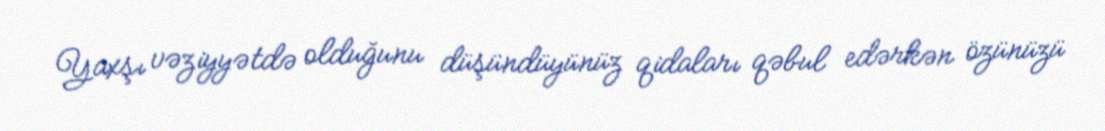
Yaxşı vəziyyətdə olduğunu düşündüyünüz qidaları qəbul edərkən özünüzü